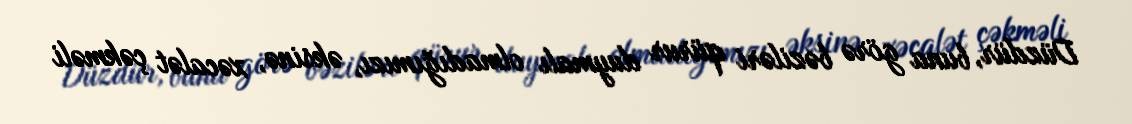
Düzdür, buna görə bəziləri qürur duymalı olmadığımızı, əksinə, xəcalət çəkməli